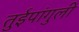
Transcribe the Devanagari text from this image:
तुईपांगुली